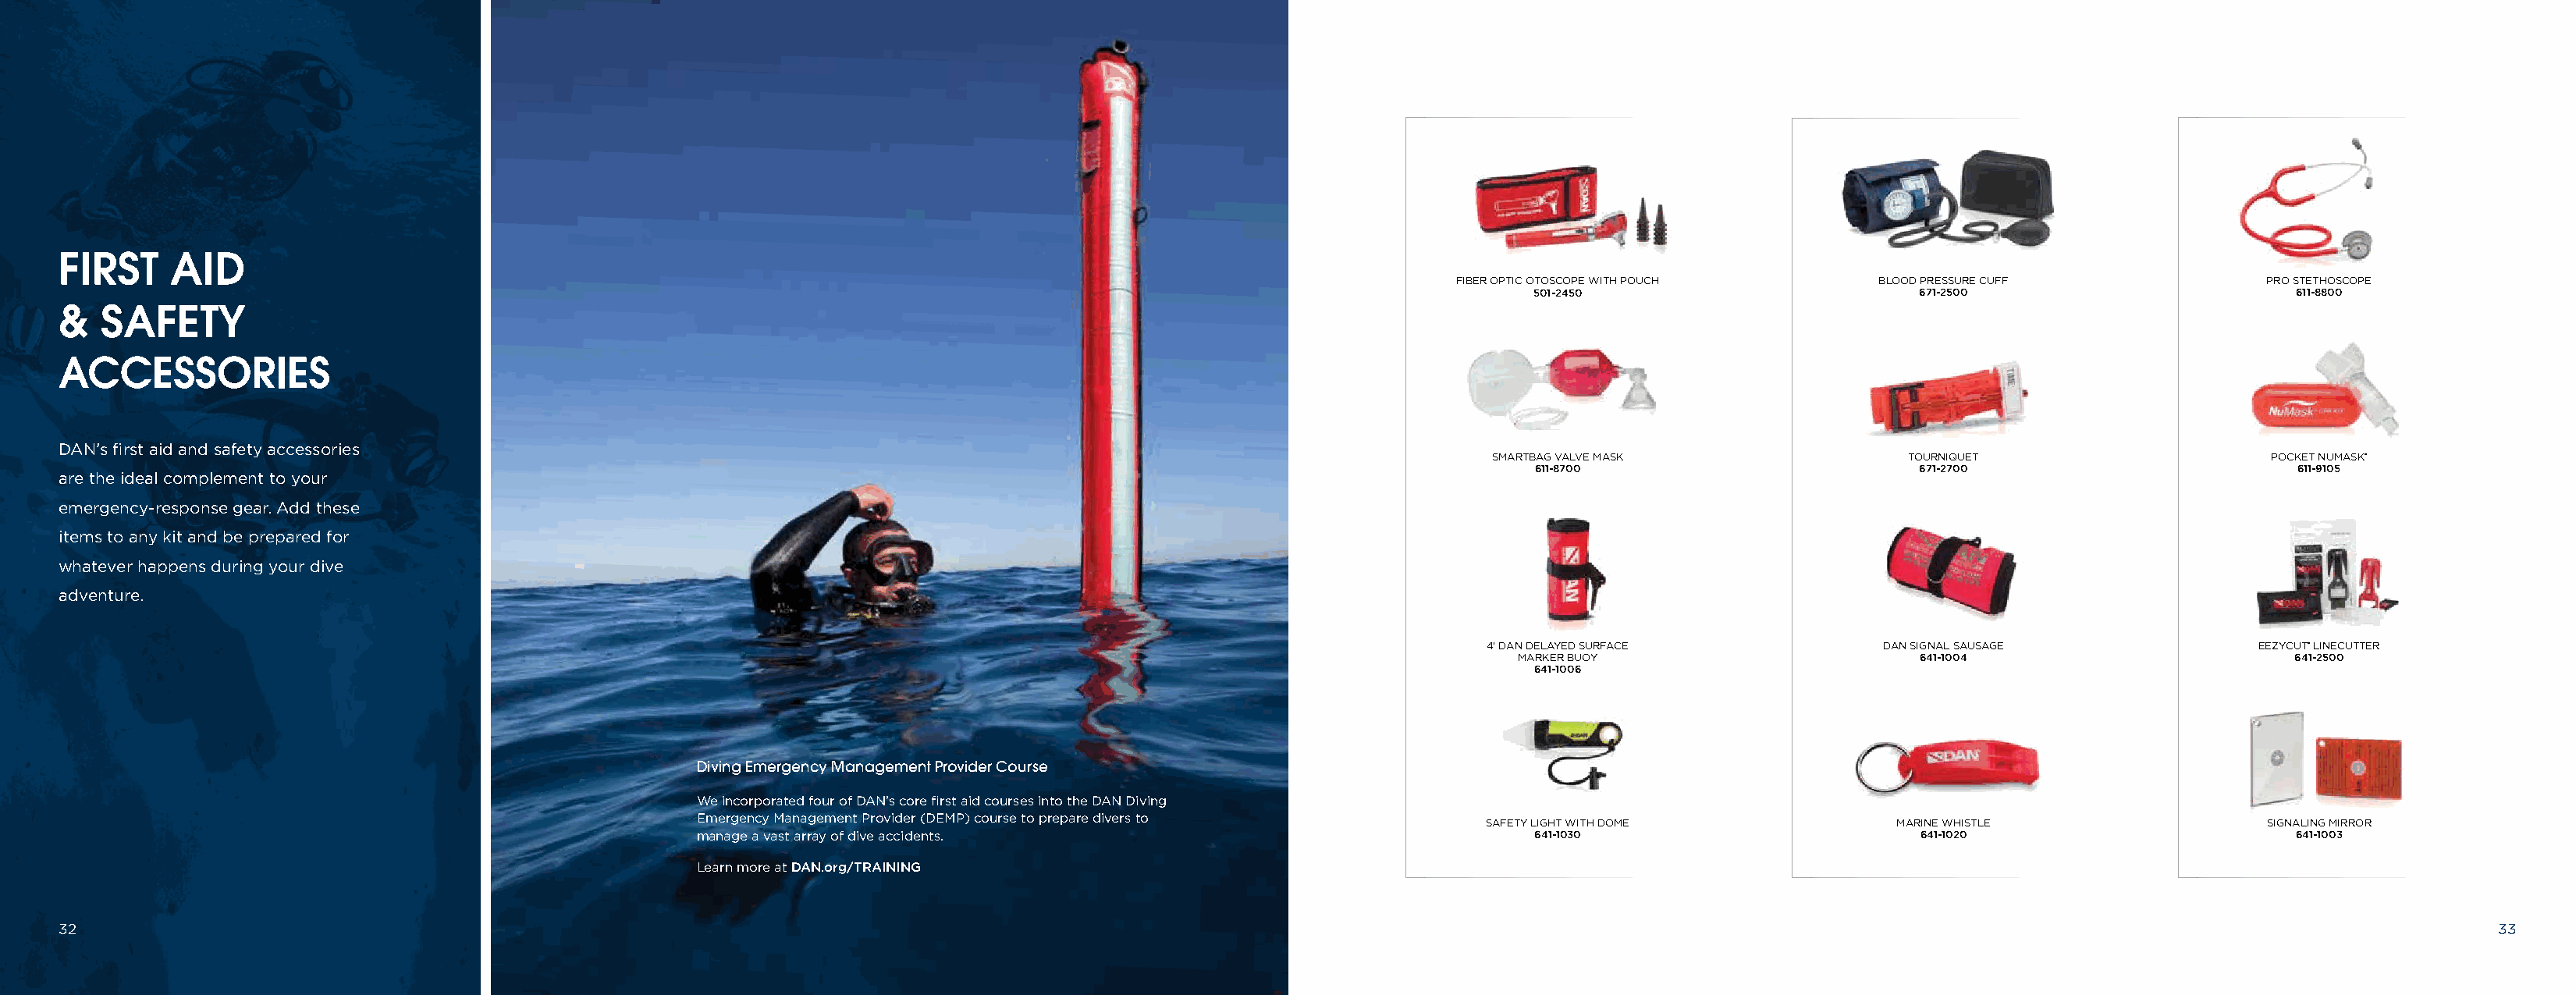
FIRST    AID
 FIBER OPTIC OTOSCOPE WITH POUCH    BLOOD PRESSURE CUFF              PRO STETHOSCOPE
 501-2450                         671-2500                        611-8800
 &   SAFETY
 ACCESSORIES
 DAN’s first aid and safety accessories
 SMARTBAG VALVE MASK                TOURNIQUET                     POCKET NUMASK®
 611-8700                         671-2700                        611-9105
 are the ideal complement to your
 emergency-response gear. Add these
 items to any kit and be prepared for
 whatever happens during your dive
 adventure.
 4’ DAN DELAYED SURFACE            DAN SIGNAL SAUSAGE              EEZYCUT® LINECUTTER
 MARKER BUOY                       641-1004                        641-2500
 641-1006
 Diving Emergency Management Provider Course
 We incorporated four of DAN’s core first aid courses into the DAN Diving
 Emergency Management Provider (DEMP) course to prepare divers to
 SAFETY LIGHT WITH DOME             MARINE WHISTLE                 SIGNALING MIRROR
 manage a vast array of dive accidents.                                 641-1030                         641-1020                        641-1003
 Learn more at DAN.org/TRAINING
 32                                                                                                                                                                                                             33